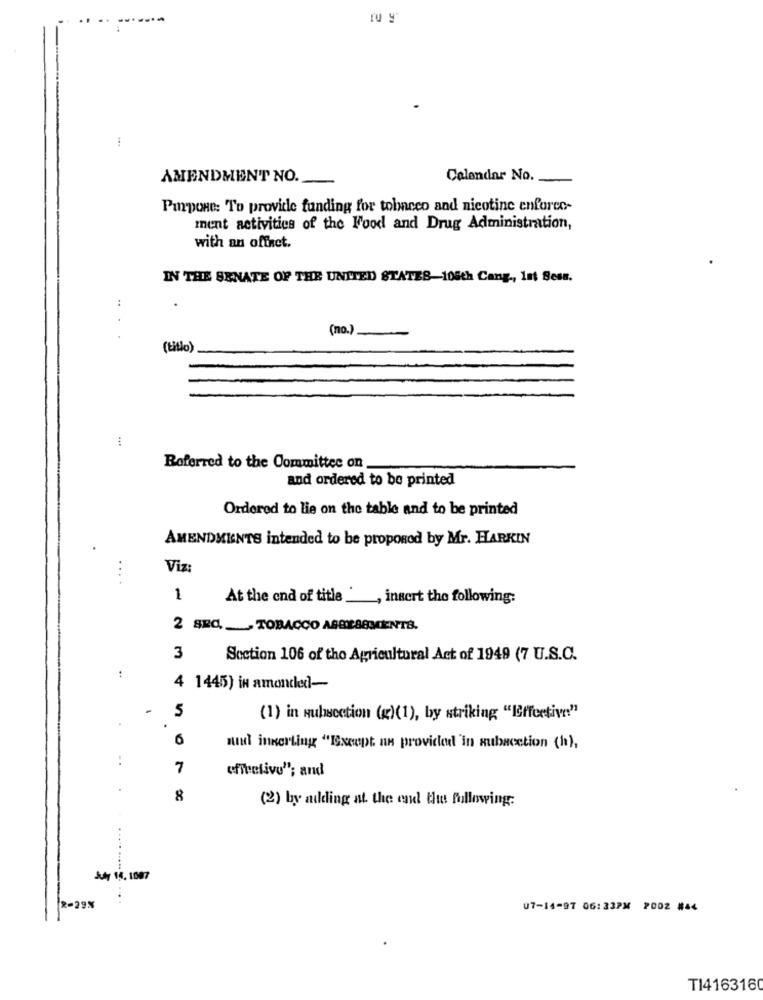
-
AMENDMENT NO.
Calendar No.
Pupone: To provide funding for tobacco and nicotine enforco-
ment activities of the Food and Drug Administration,
with an offnet.
IN THE SENATE OF THE UNITED STATES-106th Cang ., Int Bess.
:
(no.).
.
-
(tillo)
Referred to the Committee on
and ordered to be printed
Ordered to lie on the table and to be printed
AMENDMENTS intended to be proposed by Mr. HARKIN
Viz:
....
1
At the end of title _, insert the following:
2 SEC ._ TOBACCO ASBE88MENTS.
3
Section 106 of the Agricultural Act of 1949 (7 U.S.C.
:
4 1445) in amended-
5
(1) in subsection (g)(1), by striking "Ieffective"
6
niu inserting "Except nn provided 'in subsection (h),
..
7
ofitelivu"; and
8
(2) by adding at the end the following:
July 14. 1087
2-298
07-14-97 06:33PM 2002 #44
TI4163160